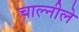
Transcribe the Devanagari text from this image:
चाल्नीले